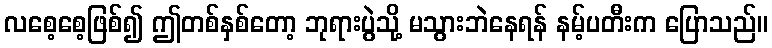
လစေ့စေ့ဖြစ်၍ ဤတစ်နှစ်တော့ ဘုရားပွဲသို့ မသွားဘဲနေရန် နမ့်ပတီးက ပြောသည်။